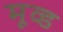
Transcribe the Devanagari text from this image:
मूव्ड